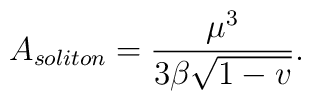
A_{soliton}=\frac{\mu^3}{3\beta\sqrt{1-v}}.